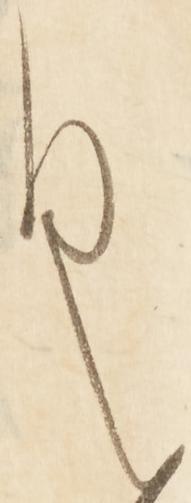
く